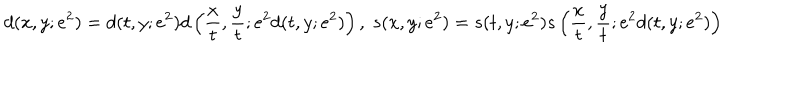
LaTeX: d ( x , y ; e ^ { 2 } ) = d ( t , y ; e ^ { 2 } ) d \left( \frac { x } { t } , \frac { y } { t } ; e ^ { 2 } d ( t , y ; e ^ { 2 } ) \right) , \; s ( x , y ; e ^ { 2 } ) = s ( t , y ; e ^ { 2 } ) s \left( \frac { x } { t } , \frac { y } { t } ; e ^ { 2 } d ( t , y ; e ^ { 2 } ) \right)